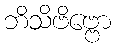
ဘိသိဗိဗ္ဗော